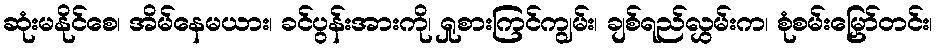
ဆုံးမနိုင်စေ၊ အိမ်နေမယား၊ ခင်ပွန်းအားကို၊ ရှုစားကြင်ကျွမ်း၊ ချစ်ရည်လွှမ်းက၊ စုံစမ်းမြှော်တင်း၊